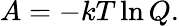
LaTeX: A=-kT\ln Q.